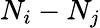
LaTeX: {N_{i}-N_{j}}